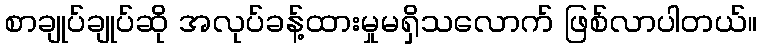
စာချုပ်ချုပ်ဆို အလုပ်ခန့်ထားမှုမရှိသလောက် ဖြစ်လာပါတယ်။